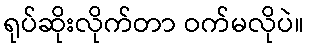
ရုပ်ဆိုးလိုက်တာ ဝက်မလိုပဲ။